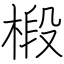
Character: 椴